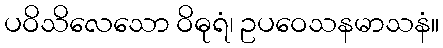
ပဝိသိလေသော ဝိဓုရံ၊ ဥပဝေသနမာသနံ။